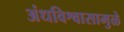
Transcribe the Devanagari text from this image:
अंधविश्वासामुळे